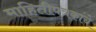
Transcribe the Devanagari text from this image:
माहितीपत्रकांचे